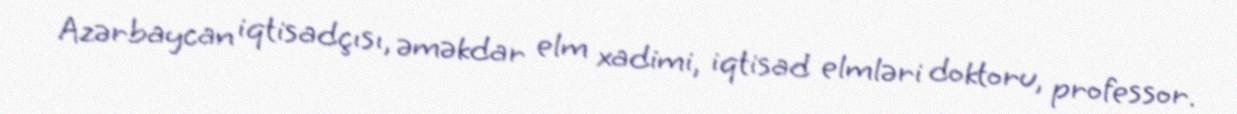
Azərbaycan iqtisadçısı, əməkdar elm xadimi, iqtisad elmləri doktoru, professor.